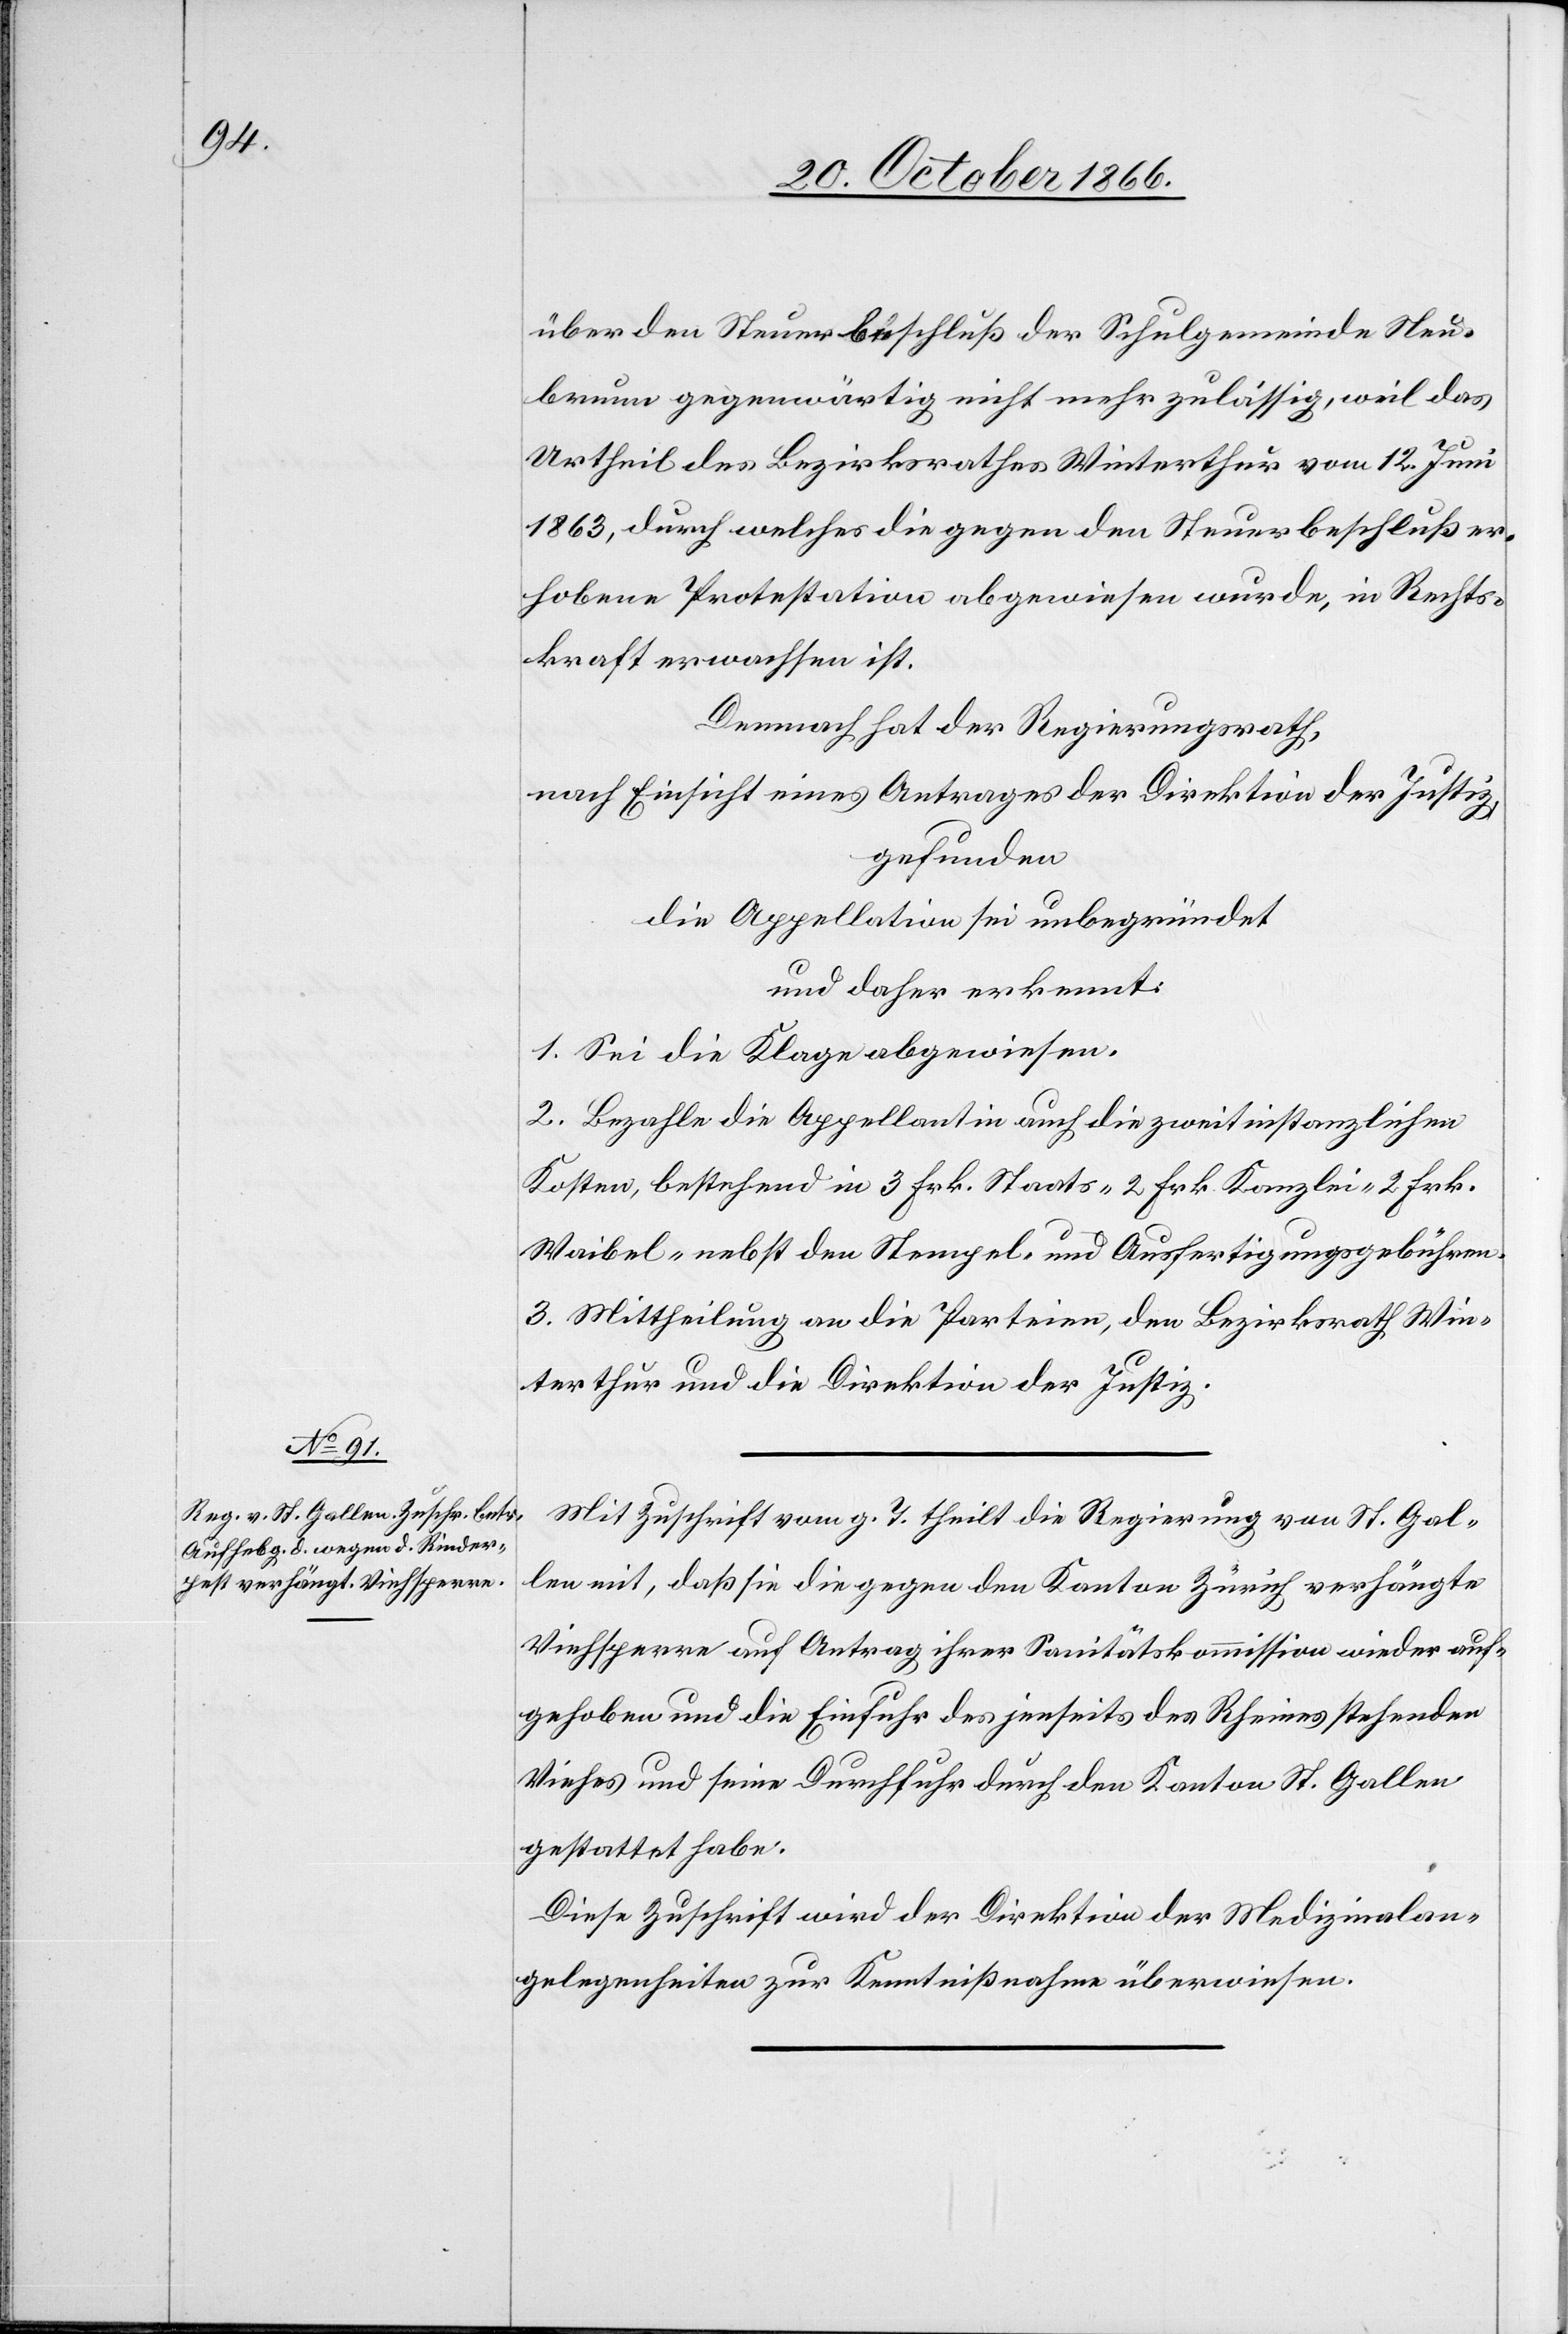
über den Steuerbeschluß der Schulgemeinde Neu¬
brunn gegenwärtig nicht mehr zulässig, weil das
Urtheil des Bezirksrathes Winterthur vom 12. Juni
1863, durch welches die gegen den Steuerbeschluß er¬
hobene Protestation abgewiesen wurde, in Rechts¬
kraft erwachsen ist.
Demnach hat der Regierungsrath,
nach Einsicht eines Antrages der Direktion der Justiz,
gefunden
die Appellation sei unbegründet
und daher erkennt:
1. Sei die Klage abgewiesen.
2. Bezahle die Appellantin auch die zweitinstanzlichen
Kosten, bestehend in 3 Frk. Staats-[,] 2 Frk. Kanzlei-[,] 2 Frk.
Waibel- nebst den Stempel- und Ausfertigungsgebühren.
3. Mittheilung an die Parteien, den Bezirksrath Win¬
terthur und die Direktion der Justiz.
Mit Zuschrift vom g. T. theilt die Regierung von St. Gal¬
len mit, daß sie die gegen den Kanton Zürich verhängte
Viehsperre auf Antrag ihrer Sanitätskommission wieder auf¬
gehoben und die Einfuhr des jenseits des Rheines stehenden
Viehes und seine Durchfuhr durch den Kanton St. Gallen
gestattet habe.
Diese Zuschrift wird der Direktion der Medizinalan¬
gelegenheiten zur Kenntnißnahme überwiesen.